Madras plague regulations and rules - Volume 1
Disease focus: Plague
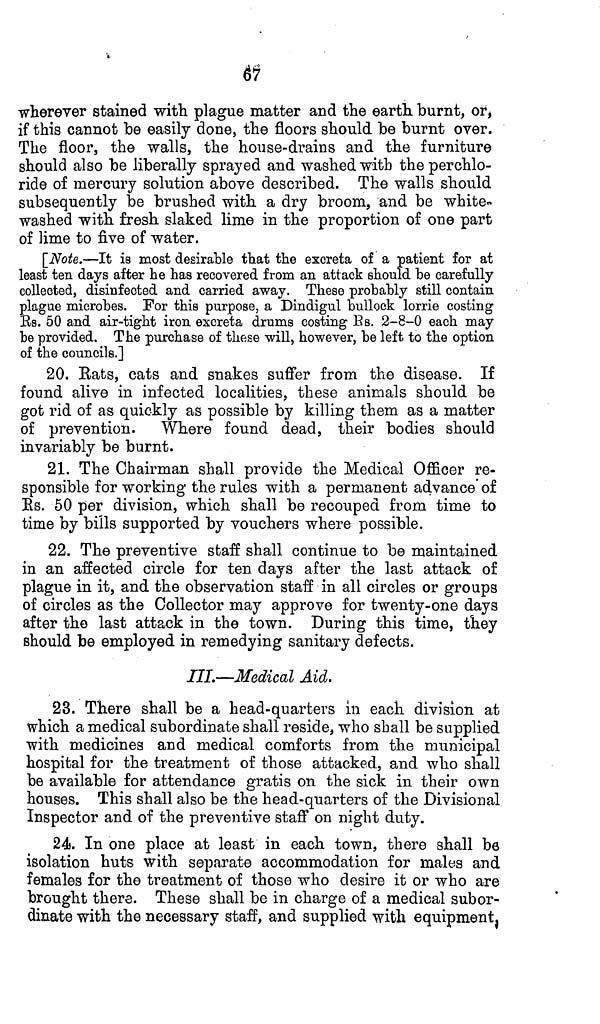
67
wherever stained with plague matter and the earth burnt, or,
if this cannot be easily done, the floors should be burnt over.
The floor, the walls, the house-drains and the furniture
should also be liberally sprayed and washed with the perchlo-
ride of mercury solution above described. The walls should
subsequently be brushed with a dry broom, and be white-
washed with fresh slaked lime in the proportion of one part
of lime to five of water.
[Note.—It is most desirable that the excreta of a patient for at
least ten days after he has recovered from an attack should be carefully
collected, disinfected and carried away. These probably still contain
plague microbes. For this purpose, a Dindigul bullock lorrie costing
Rs. 50 and air-tight iron excreta drums costing Rs. 2-8-0 each may
be provided. The purchase of these will, however, be left to the option
of the councils.]
20. Eats, cats and snakes suffer from the disease. If
found alive in infected localities, these animals should be
got rid of as quickly as possible by killing them as a matter
of prevention. Where found dead, their bodies should
invariably be burnt.
21. The Chairman shall provide the Medical Officer re-
sponsible for working the rules with a permanent advance of
Rs. 50 per division, which shall be recouped from time to
time by bills supported by vouchers where possible.
22. The preventive staff shall continue to be maintained
in an affected circle for ten days after the last attack of
plague in it, and the observation staff in all circles or groups
of circles as the Collector may approve for twenty-one days
after the last attack in the town. During this time, they
should be employed in remedying sanitary defects.
III.—Medical Aid.
23. There shall be a head-quarters in each division at
which a medical subordinate shall reside, who shall be supplied
with medicines and medical comforts from the municipal
hospital for the treatment of those attacked, and who shall
be available for attendance gratis on the sick in their own
houses. This shall also be the head-quarters of the Divisional
Inspector and of the preventive staff on night duty.
24. In one place at least in each town, there shall be
isolation huts with separate accommodation for males and
females for the treatment of those who desire it or who are
brought there. These shall be in charge of a medical subor-
dinate with the necessary staff, and supplied with equipment